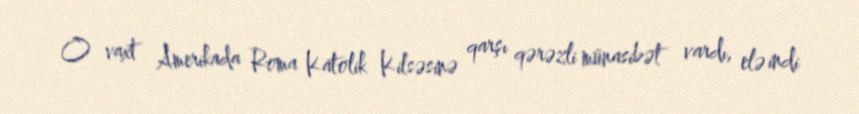
O vaxt Amerikada Roma Katolik Kilsəsinə qarşı qərəzli münasibət vardı, elə indi